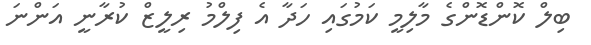
ބިލް ކޮންޑޮންގެ މާލިމީ ކަމުގައި ހަދާ އެ ފިލްމު ރިލީޒް ކުރާނީ އަންނަ